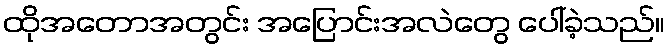
ထိုအတောအတွင်း အပြောင်းအလဲတွေ ပေါ်ခဲ့သည်။